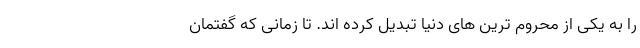
را به یکی از محروم ترین های دنیا تبدیل کرده اند. تا زمانی که گفتمان